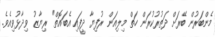
މެންބަރުން ބޭރަށް ދަތުރުކުރަން ހަތް މިލިއަން ރުފިޔާ ދީފައި އެބައޮތް" ރިޔާޒު ވިދާޅުވިއެވެ.